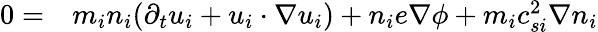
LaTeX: \begin{array}{rl}{0=}&{{}m_{i}{n_{i}}(\partial_{t}{u_{i}}+{u_{i}}\cdot\nabla{u_{i}})+{n_{i}}e\nabla\phi+m_{i}c_{si}^{2}\nabla{n_{i}}}\end{array}